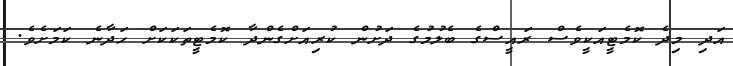
އަދި މިދެ ކޮމެޓީއަކީވެސް ރައީސްގެ ބެލުމުގެ ދަށުން ކުރިއަށްގެންދާ ކޮމެޓީތަކަކަށް ހަދާނެ ކަމަށެވެ.